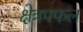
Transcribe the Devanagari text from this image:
क्षेत्रपफल